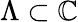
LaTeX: \Lambda\subset\mathbb{C}